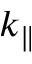
k _ { \parallel }